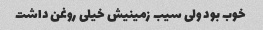
خوب بود ولی سیب زمینیش خیلی روغن داشت